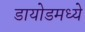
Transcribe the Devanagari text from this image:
डायोडमध्ये